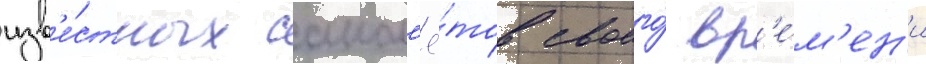
изв'е́стных самол'ё́тов своего́ вр'е́м'ен'и